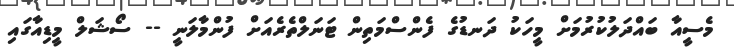
މެސީއާ ބައްދަލުކުރުމަށް މީހަކު ދަނޑުގެ ފެންސްމަތިން ޓަނަލްތެރެއަށް ފުންމާލަނީ -- ސޯޝަލް މީޑިއާގައި